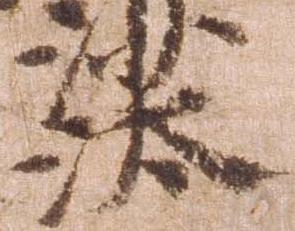
汰